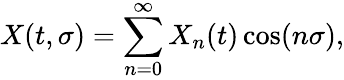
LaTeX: X(t,\sigma)=\sum_{n=0}^{\infty}X_{n}(t)\cos(n\sigma),